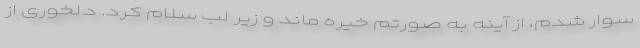
سوار شدم، از آینه به صورتم خیره ماند و زیر لب سلام کرد. دلخوری از